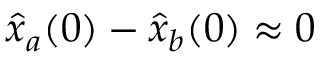
\hat { x } _ { a } ( 0 ) - \hat { x } _ { b } ( 0 ) \approx 0